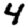
Digit: 4